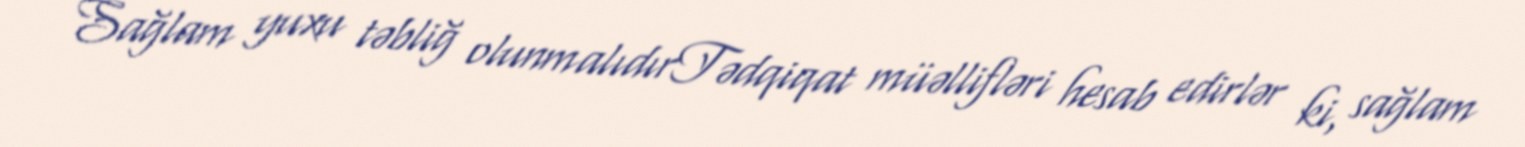
Sağlam yuxu təbliğ olunmalıdırTədqiqat müəllifləri hesab edirlər ki, sağlam